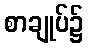
စာချုပ်၌